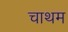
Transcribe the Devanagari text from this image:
चाथम